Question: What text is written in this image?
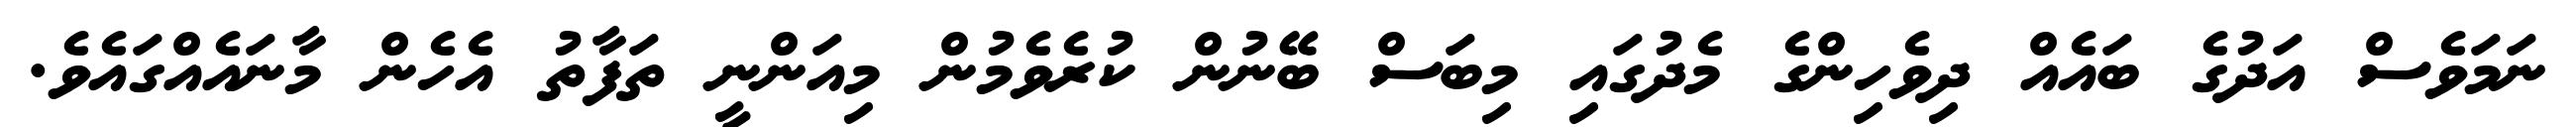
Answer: ނަމަވެސް އަދުގެ ބައެއް ދިވެހިންގެ މެދުގައި މިބަސް ބޭނުން ކުރެވެމުން މިއަންނީ ތަފާތު އެހެން މާނައެއްގައެވެ.